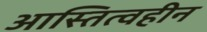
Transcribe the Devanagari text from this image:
आस्तित्वहीन